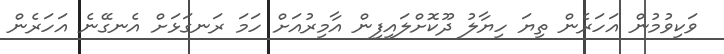
ވަކިވުމުން އަހަރެން ތިޔަ ހިޔާލު ދޫކޮށްލައިފިން އާމިރުއަށް ހަމަ ރަނގަޅަށް އެނގޭނެ އަހަރެން